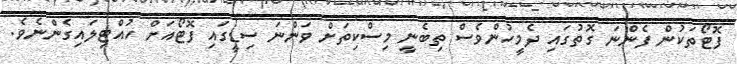
ފޮޓޯތަކުން ފެންނަ ގޮތުގައި ދެމީހުންވެސް ތިބެނީ މިސްކިތަށް ވަންނަ ސިޑީގައި ފޮޓޯއަށް ހުއްޓިލައިގެންނެވެ.